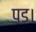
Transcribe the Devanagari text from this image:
पड।